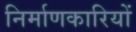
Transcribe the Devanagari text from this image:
निर्माणकारियों